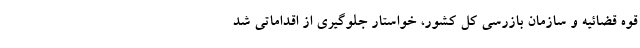
قوه قضائیه و سازمان بازرسی کل کشور، خواستار جلوگیری از اقداماتی شد